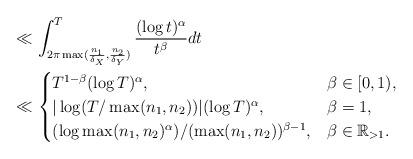
LaTeX: \begin{align*}&\ll\int_{2\pi\max(\frac{n_1}{\delta_X},\frac{n_2}{\delta_Y})}^T\frac{(\log t)^\alpha}{t^\beta}dt\\&\ll\begin{cases} T^{1-\beta}(\log T)^\alpha, & \beta\in[0,1), \\ |\log(T/\max(n_1,n_2))|(\log T)^\alpha, & \beta=1, \\ (\log\max(n_1,n_2)^\alpha)/(\max(n_1,n_2))^{\beta-1}, & \beta\in\mathbb{R}_{>1}. \end{cases}\end{align*}